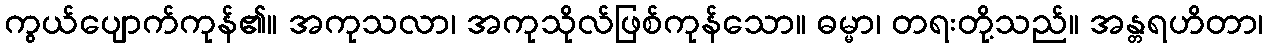
ကွယ်ပျောက်ကုန်၏။ အကုသလာ၊ အကုသိုလ်ဖြစ်ကုန်သော။ ဓမ္မာ၊ တရးတို့သည်။ အန္တရဟိတာ၊